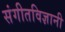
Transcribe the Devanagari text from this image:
संगीतविज्ञानी